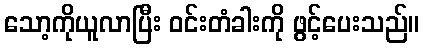
သော့ကိုယူလာပြီး ဝင်းတံခါးကို ဖွင့်ပေးသည်။